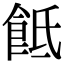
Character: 䬫